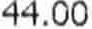
44.00